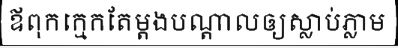
ឪពុកក្មេកតែម្តងបណ្តាលឲ្យស្លាប់ភ្លាម